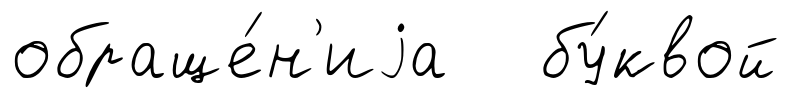
обраще́н'иjа бу́квой